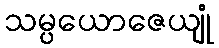
သမ္ပယောဇေယျုံ